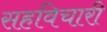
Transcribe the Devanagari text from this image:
सहविचारी